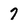
Character: 7